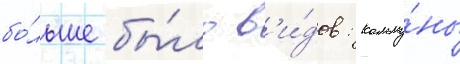
бо́льше бы́ло в'и́дов: комму́ны